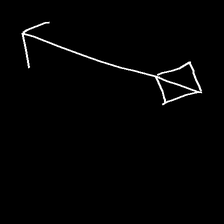
Glyph: focus